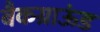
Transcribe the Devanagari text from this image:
बैकग्राऊंड